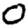
Digit: 0